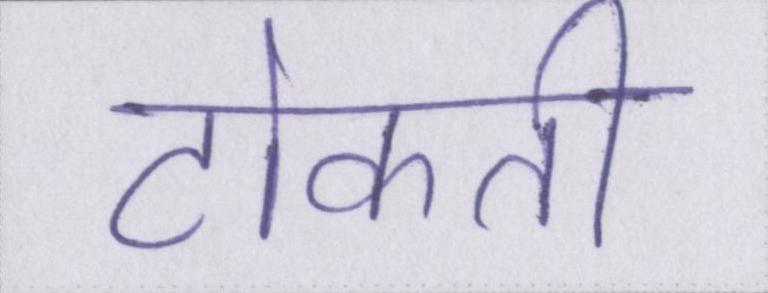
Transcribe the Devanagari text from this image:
टोकती